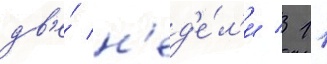
дв'е́ н'ед'е́л'и / 11